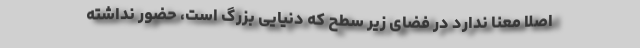
اصلاً معنا ندارد در فضای زیر سطح که دنیایی بزرگ است، حضور نداشته